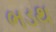
ભડથ